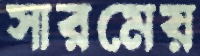
সারমেয়